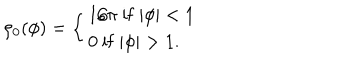
LaTeX: \rho _ { 0 } ( \phi ) = \left\{ \begin{matrix} { { 1 / \pi \ \mathrm { i f } \ | \phi | < 1 \hfill } } \\ { { 0 \ \mathrm { i f } \ | \phi | > 1 . \hfill } } \\ \end{matrix} \right.